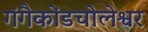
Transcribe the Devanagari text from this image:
गंगैकोंडचोलेश्वर